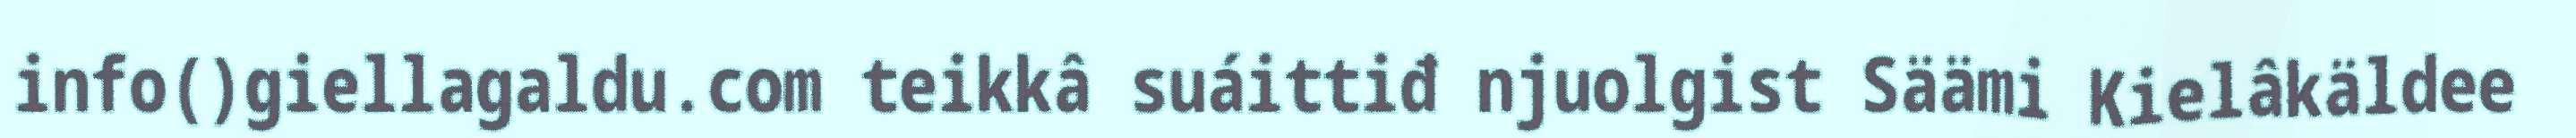
info()giellagaldu.com teikkâ suáittiđ njuolgist Säämi Kielâkäldee